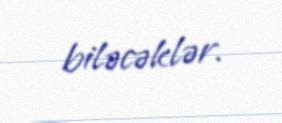
biləcəklər.